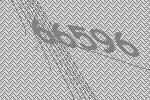
66596